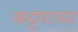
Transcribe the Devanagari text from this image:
कट्ट्याच्या